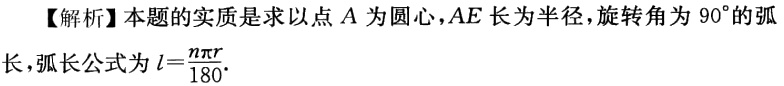
【解析】本题的实质是求以点 \(A\) 为圆心，\(AE\) 长为半径，旋转角为 \(90^{\circ}\) 的弧长，弧长公式为 \(l = \frac{n\pi r}{180}\).